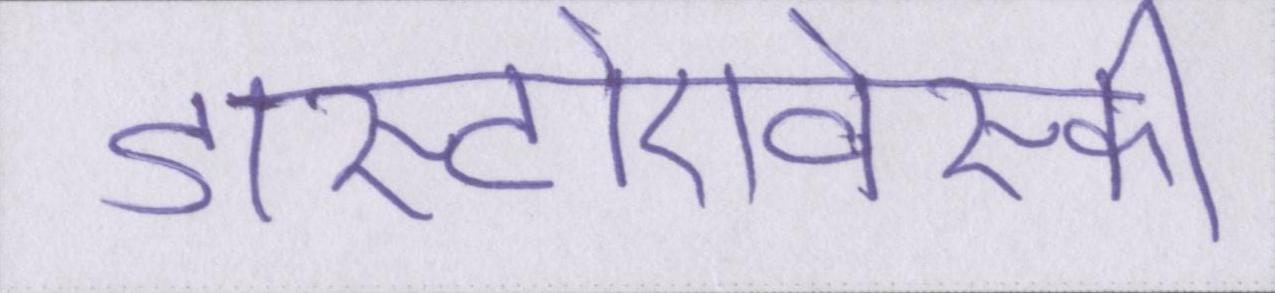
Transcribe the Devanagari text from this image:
डास्टोएवेस्की